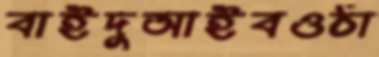
বাইদুআইবওঠা